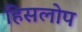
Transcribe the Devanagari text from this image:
हिसलोप